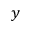
y